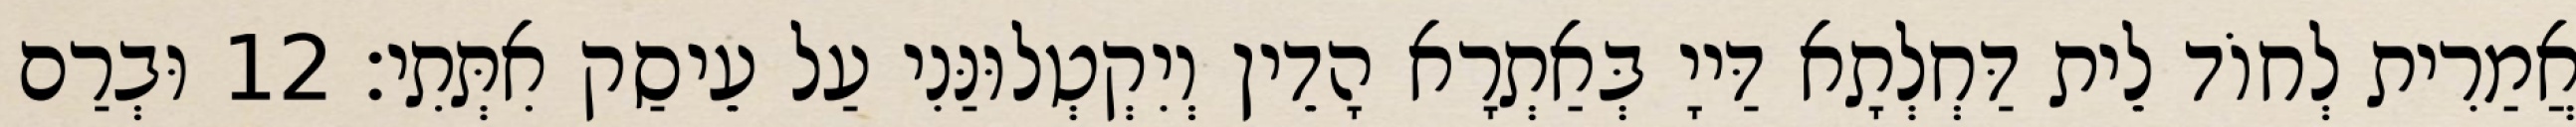
אֲמַרִית לְחוֹד לֵית דַּחְלְתָא דַּייָ בְּאַתְרָא הָדֵין וְיִקְטְלוּנַּנִי עַל עֵיסַק אִתְּתִי׃ 12 וּבְרַם